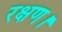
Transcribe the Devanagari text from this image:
रक्षण।